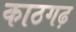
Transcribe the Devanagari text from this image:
काठगढ़